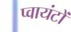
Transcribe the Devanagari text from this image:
प्वायंटों